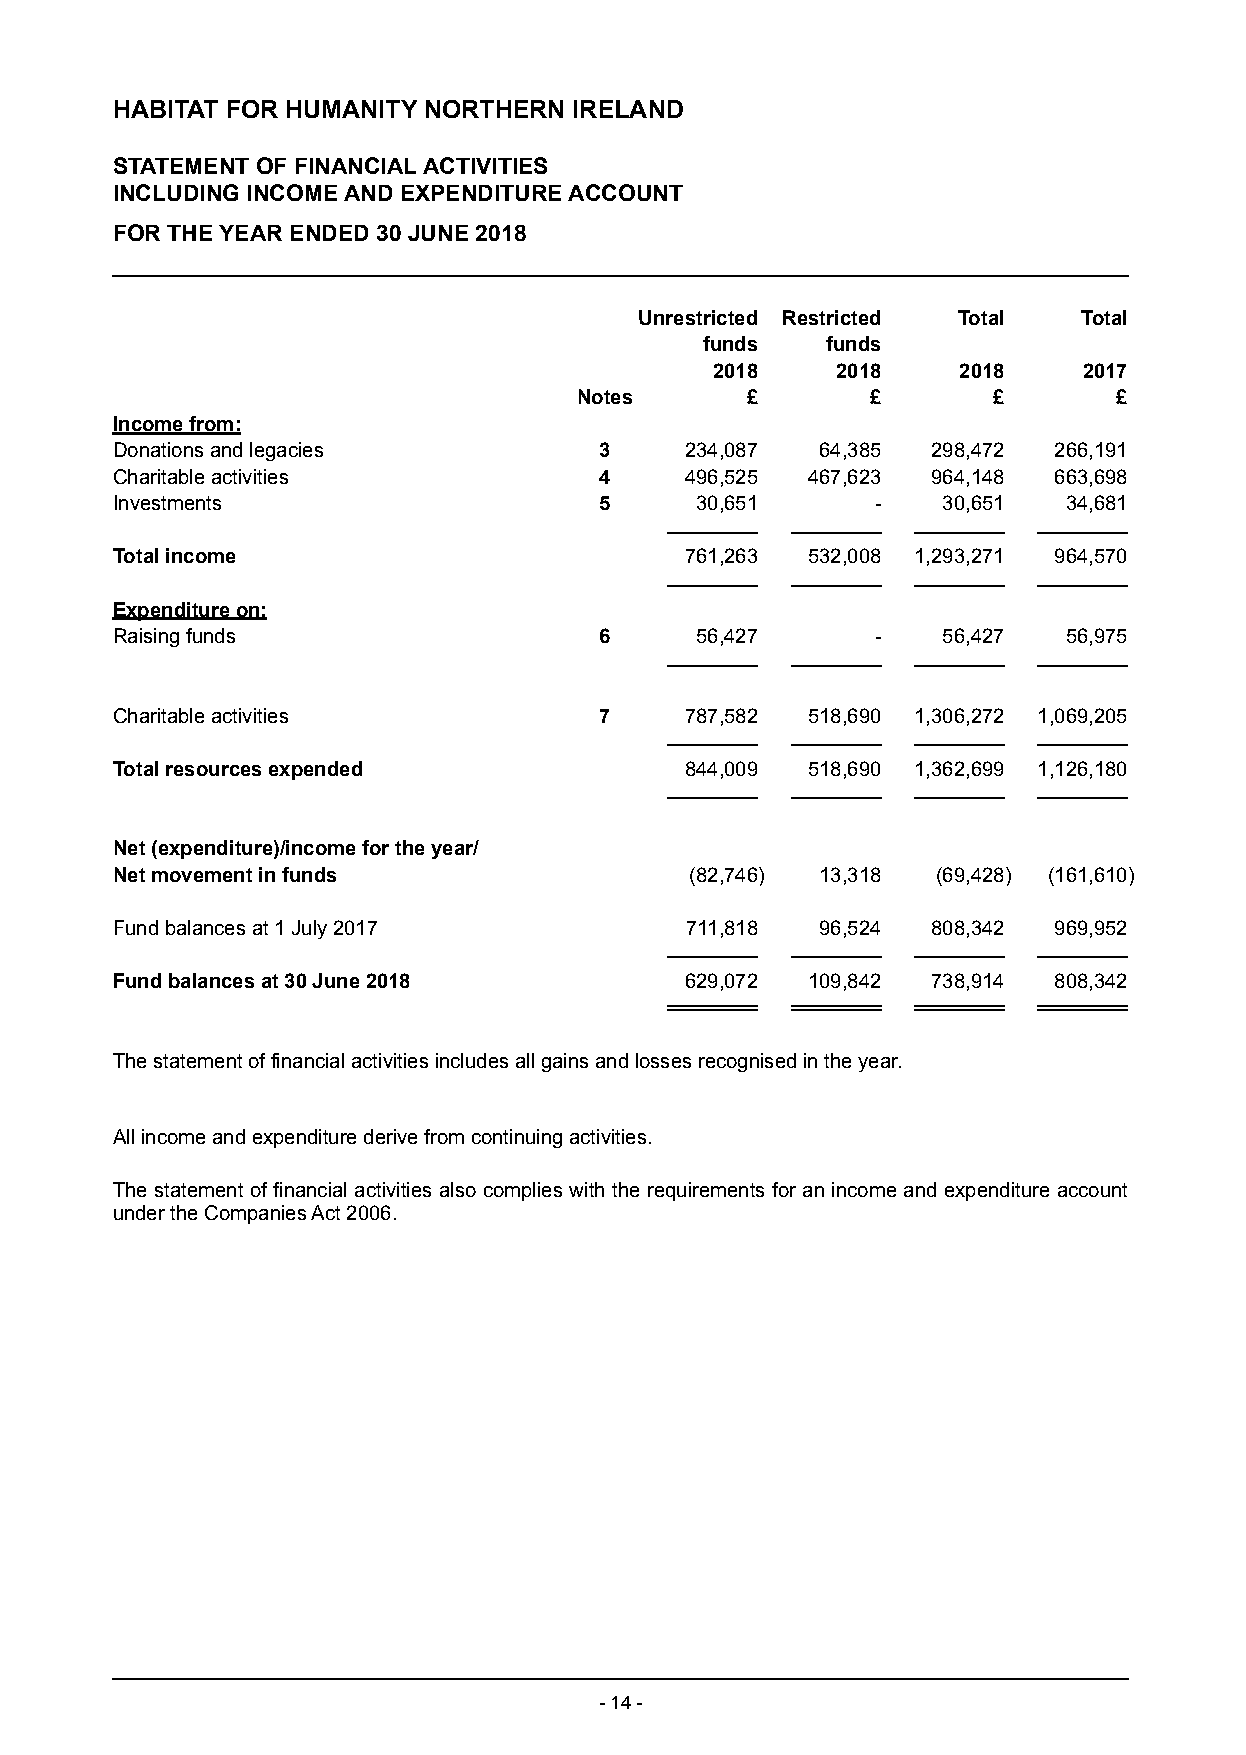
HABITAT FOR HUMANITY NORTHERN  IRELAND
 STATEMENT OF FINANCIAL ACTIVITIES
 INCLUDING INCOME AND EXPENDITURE ACCOUNT
 FOR THE YEAR ENDED 30 JUNE 2018
 Unrestricted Restricted Total Total
 funds   funds
 2018    2018    2018     2017
 Notes      £        £       £       £
 Income from:
 Donations and legacies           3    234,087  64,385  298,472 266,191
 Charitable activities            4    496,525 467,623  964,148 663,698
 Investments                      5     30,651      -   30,651   34,681
 Total income                          761,263 532,008 1,293,271 964,570
 Expenditure on:
 Raising funds                    6     56,427      -   56,427   56,975
 Charitable activities            7    787,582 518,690 1,306,272 1,069,205
 Total resources expended              844,009 518,690 1,362,699 1,126,180
 Net (expenditure)/income for the year/
 Net movement in funds                  (82,746) 13,318 (69,428) (161,610)
 Fund balances at 1 July 2017          711,818  96,524  808,342 969,952
 Fund balances at 30 June 2018         629,072 109,842  738,914 808,342
 The statement of financial activities includes all gains and losses recognised in the year.
 All income and expenditure derive from continuing activities.
 The statement of financial activities also complies with the requirements for an income and expenditure account
 under the Companies Act 2006.
 - 14 -